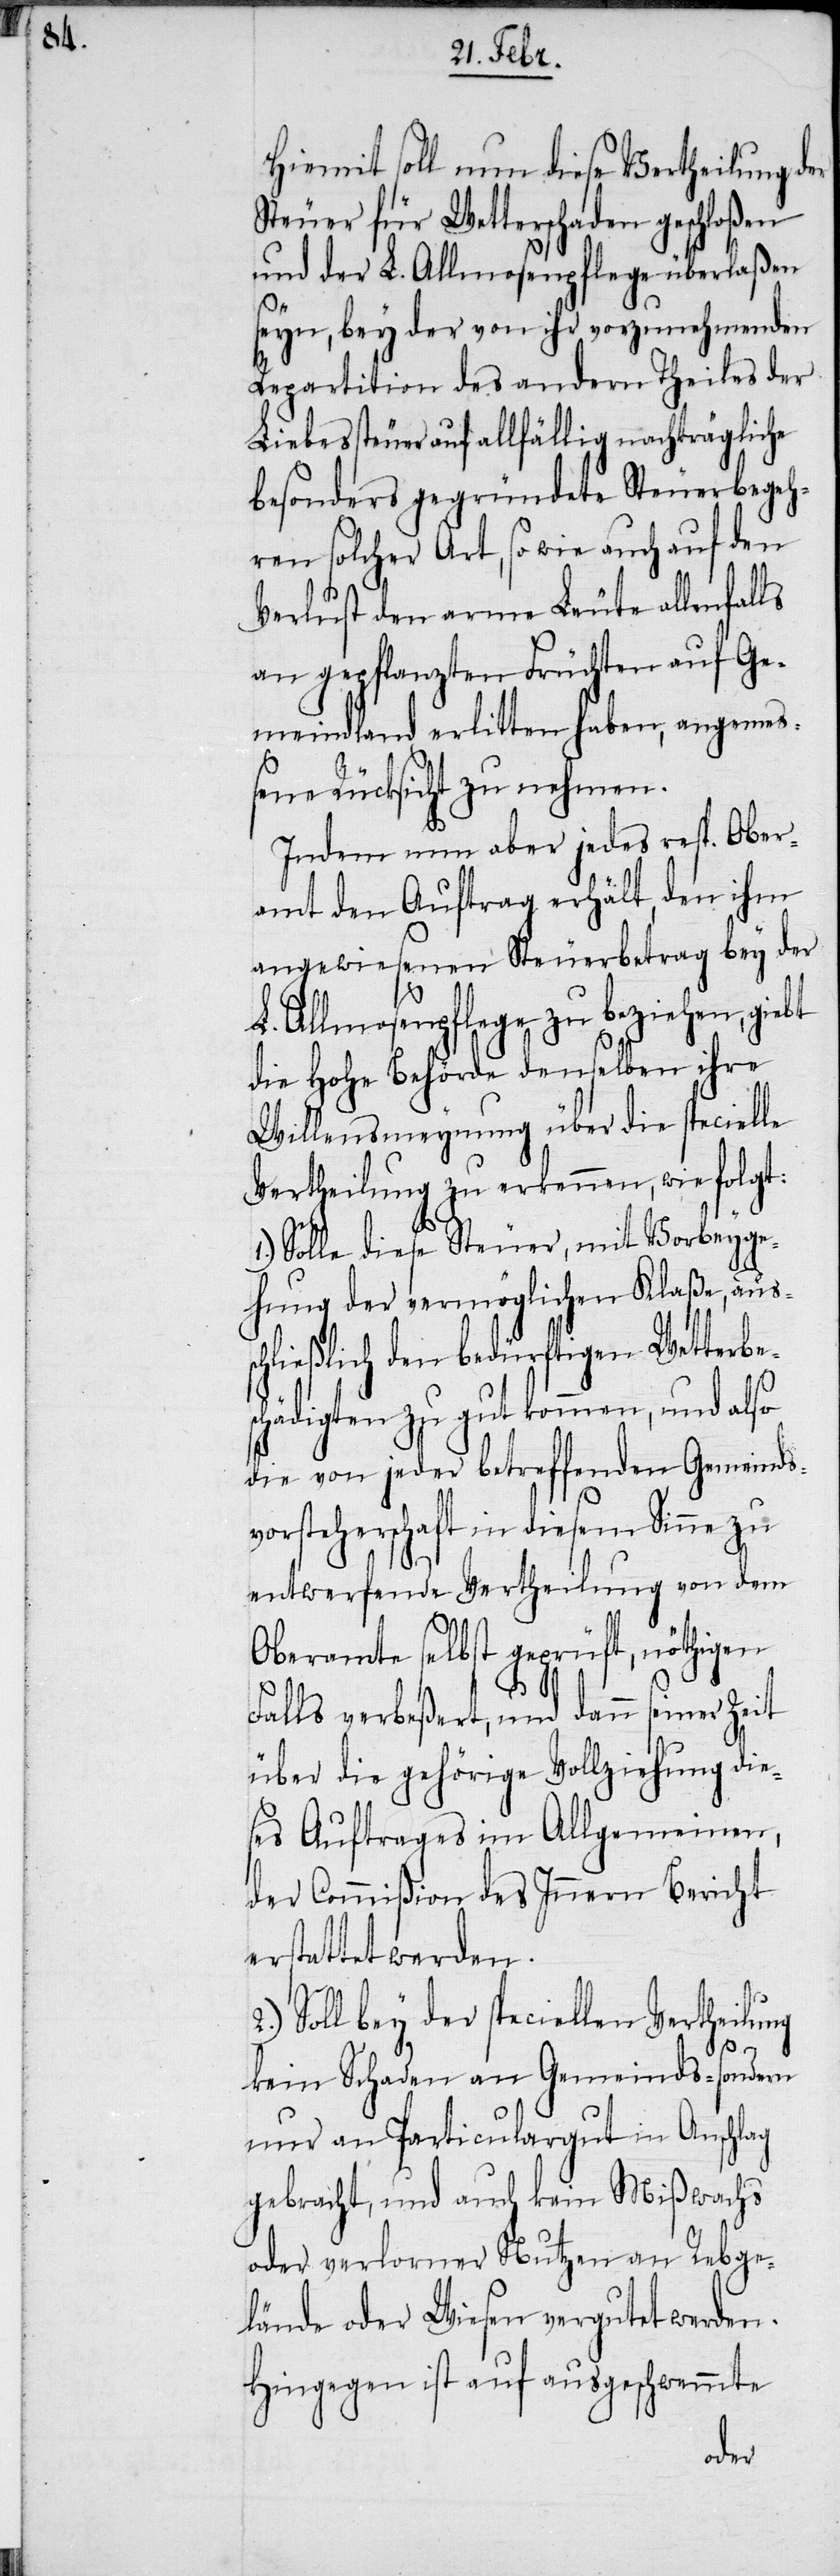
e¬

Hiemit soll nun diese Vertheilung der
Steuer für Wetterschaden geschloßen
und der L. Allmosenpflege überlaßen
seyn, bey der von ihr vorzunehmenden
Repartition des andern Theiles der
Liebessteuer auf allfällig nachträgliche
besonders gegründete Steuerbegeh¬
ren solcher Art, so wie auch auf den
Verlust den arme Leute allenfalls
an gepflanzten Früchten auf Ge¬
meindland erlitten haben, angemeß¬
ene Rücksicht zu nehmen.
Indem nun aber jedes resp. Ober¬
amt den Auftrag erhält, den ihm
angewiesenen Steuerbetrag bey der
L. Allmosenpflege zu beziehen, giebt
die Hohe Behörde denselben ihre
Willensmeynung über die specielle
Vertheilung zu erkennen, wie folgt:
1.) Solle diese Steuer, mit Vorbeyge¬
hung der vermöglichen Klaße, aus¬
schließlich den bedürftigen Wetterbes¬
chädigten zu gut kommen, und also
die von jeder betreffenden Gemeinds¬
vorsteherschaft in diesem Sinne zu
entwerfende Vertheilung von dem
Oberamte selbst geprüft, nöthigen
Falls verbeßert, und dann seiner Zeit
über die gehörige Vollziehung die¬
ses Auftrages im Allgemeinen,
der Commißion des Innern Bericht
rstattet werden.
Soll bey der speciellen Vertheilung
kein Schaden an Gemeinds- sondern
nur an Particulargut in Anschlag
gebracht, und auch kein Mißwachs
oder verlorner Nutzen an Rebge¬
lände oder Wiesen vergutet werden.
Hingegen ist auf ausgeschwemmte